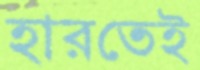
হারতেই